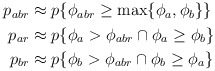
\begin{align*}\begin{aligned}p_{abr} &\approx p\{\phi_{abr} \geq \max \{ \phi_a, \phi_{b} \} \} \\p_{ar} &\approx p\{\phi_{a} > \phi_{abr} \cap \phi_a \geq \phi_b \} \\p_{br} &\approx p\{\phi_{b} > \phi_{abr} \cap \phi_b \geq \phi_a \} \end{aligned}\end{align*}